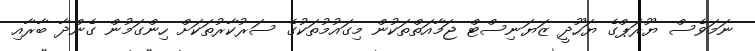
ނަމަވެސް ޔޫރަޕްގެ ޔަހޫދީ ޒަޔަނިސްޓް ޖަމާއަތްތަކުން މިގައުމުތަކުގެ ސަރުކާރުތަކަށް ހިންގަމުން ގެންދާ ބާރާއި